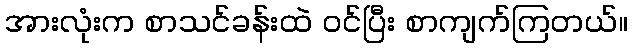
အားလုံးက စာသင်ခန်းထဲ ဝင်ပြီး စာကျက်ကြတယ်။